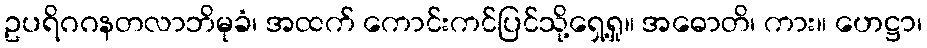
ဥပရိဂဂနတလာဘိမုခံ၊ အထက် ကောင်းကင်ပြင်သို့ရှေ့ရှု။ အဓောတိ၊ ကား။ ဟေဋ္ဌာ၊